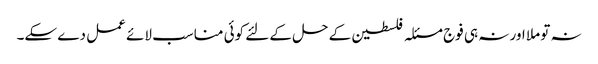
نہ تو ملا اور نہ ہی فوج مسئلہ فلسطین کے حل کے لئے کوئی مناسب لائے عمل دے سکے۔